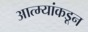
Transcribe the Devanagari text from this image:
आत्म्यांकडून